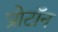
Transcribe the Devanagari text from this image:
प्रोटाॅन